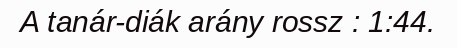
A tanár-diák arány rossz : 1:44.